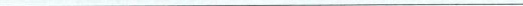
___